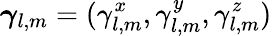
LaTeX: {\boldsymbol\gamma}_{l,m}=(\gamma_{l,m}^{x},\gamma_{l,m}^{y},\gamma_{l,m}^{z})